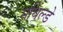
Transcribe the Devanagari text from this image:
मथिल्डे